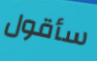
سأقول